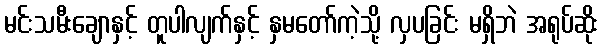
မင်းသမီးချောနှင့် တူပါလျက်နှင့် နှမတော်ကဲ့သို့ လှပခြင်း မရှိဘဲ အရုပ်ဆိုး